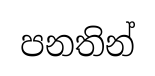
පනතින්